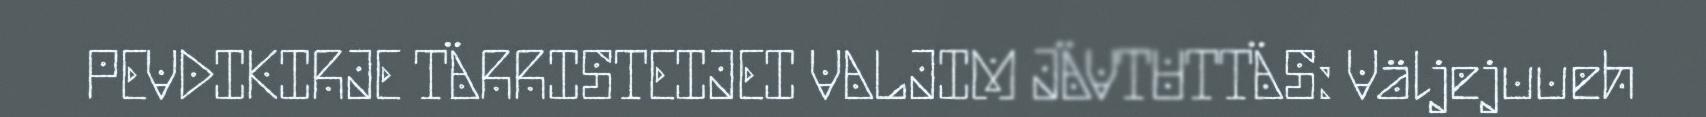
PEVDIKIRJE TÄRRISTEIJEI VALJIM JÄVTUTTÄS: Väljejuueh